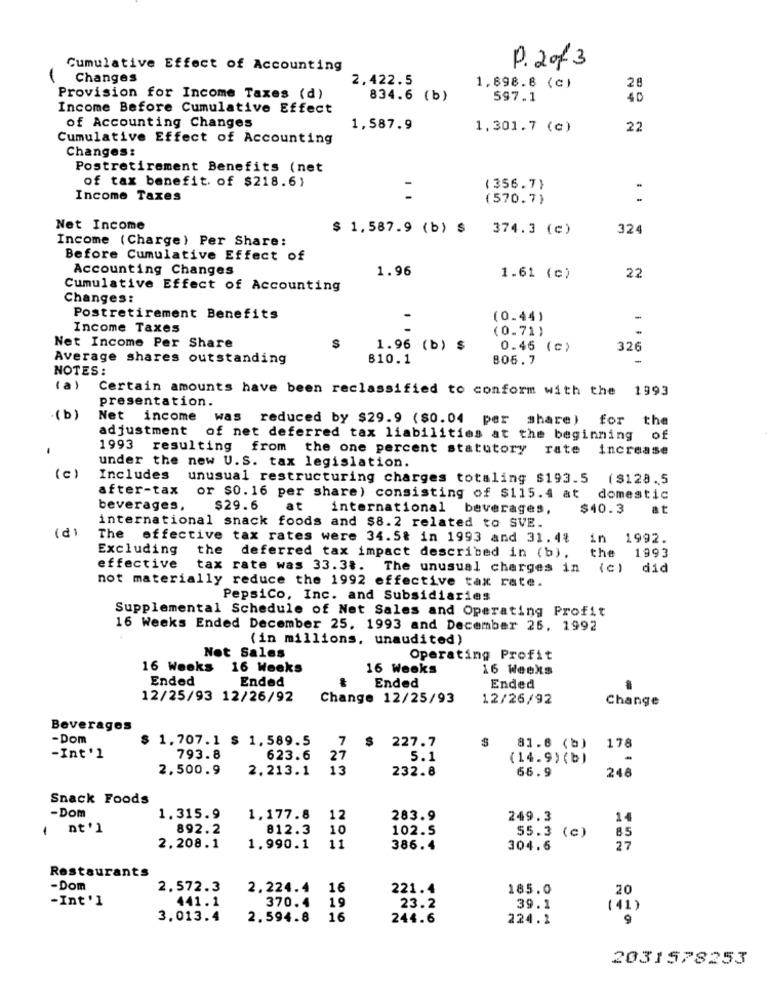
Cumulative Effect of Accounting
P. 2013
Changes
2,422.5
28
1,698.8 (c)
Provision for Income Taxes (d)
834.6 (b)
597.1
40
Income Before Cumulative Effect
of Accounting Changes
1,587.9
1,301.7 (c)
22
Cumulative Effect of Accounting
Changes:
Postretirement Benefits (net
of tax benefit. of $218.6)
( 356.7)
Income Taxes
-
(570.7)
Net Income
$ 1,587.9 (b) $ 374.3 (c)
324
Income (Charge) Per Share:
Before Cumulative Effect of
Accounting Changes
1.96
1.61 (c)
22
Cumulative Effect of Accounting
Changes:
Postretirement Benefits
(0.44)
-
Income Taxes
(0.71)
Net Income Per Share
$
1.96 (b) $
0.45 (c)
326
Average shares outstanding
810.1
806.7
NOTES:
(a )
Certain amounts have been reclassified to conform with the 1993
presentation.
(b)
Net income was reduced by $29.9 ($0.04 per share) for the
adjustment of net deferred tax liabilities at the beginning of
-
1993
resulting from the one percent statutory rate
increase
under the new U.S. tax legislation.
(c)
Includes
unusual restructuring charges totaling $193.5
($128.5
after-tax or $0.16 per share) consisting of $115.4 at
domestic
beverages,
$29.6
at
international beverages,
$40.3
at
international snack foods and $8.2 related to SVE.
The effective tax rates were 34.5t in 1993 and 31.4%
in
1992.
Excluding
the
deferred tax impact described in (b),
the
1993
effective
tax rate was 33.38.
The unusual charges in
( c)
did
not materially reduce the 1992 effective tax rate.
Pepsico, Inc. and Subsidiaries
Supplemental Schedule of Net Sales and Operating Profit
16 Weeks Ended December 25, 1993 and December 26, 1992
(in millions, unaudited)
Not Sales
Operating Profit
16 Weeks
16 Weeks
16 Weeks
16 Weeks
Ended
Ended
Ended
Ended
12/25/93 12/26/92
Change 12/25/93
12/26/92
Change
Beverages
-Dom
$ 1.707.1 $ 1,589.5
7
S
227.7
178
81.8 (b)
-Int'l
793.8
623.6
27
5.1
( 14.9 ) (b)
-
2,500.9
2.213.1
13
232.8
66.9
248
Snack Foods
-Dom
1.315.9
1.177.8
12
283.9
249.3
14
1
int 'l
892.2
812.3
10
102.5
55.3 (c)
85
11
2.208.1
1.990.1
386.4
304.6
27
Restaurants
-Dom
2.572.3
2.224.4
16
221.4
185.0
20
-Int'l
441.1
370.4
19
23.2
39.1
(41)
3.013.4
2.594.8
16
244.6
224.1
9
2031578253